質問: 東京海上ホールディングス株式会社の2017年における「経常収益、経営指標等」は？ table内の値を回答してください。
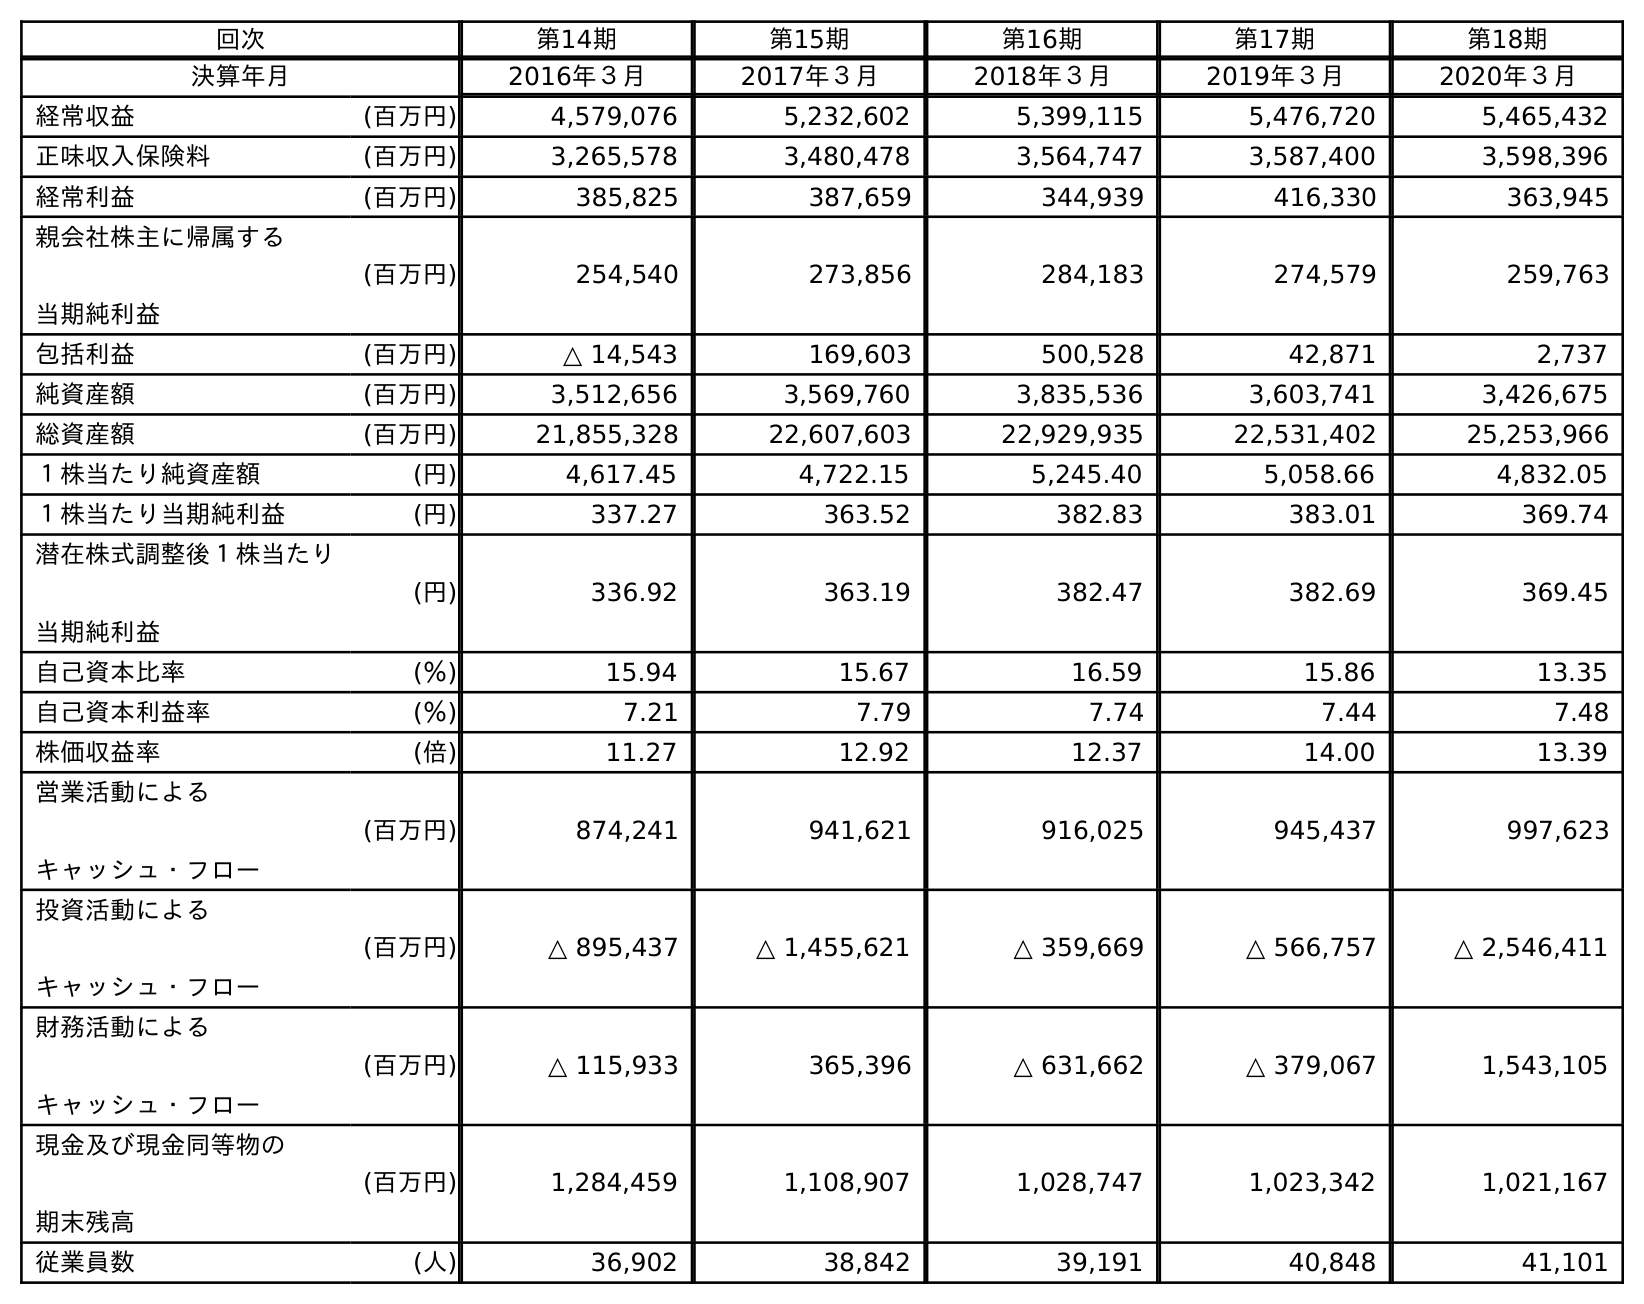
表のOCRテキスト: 回次 第14期 第15期 第16期 第17期 第18期 決算年月 2016年３月 2017年３月 2018年３月 2019年３月 2020年３月 経常収益 (百万円) 4,579,076 5,232,602 5,399,115 5,476,720 5,465,432 正味収入保険料 (百万円) 3,265,578 3,480,478 3,564,747 3,587,400 3,598,396 経常利益 (百万円) 385,825 387,659 344,939 416,330 363,945 親会社株主に帰属する 当期純利益 (百万円) 254,540 273,856 284,183 274,579 259,763 包括利益 (百万円) △ 14,543 169,603 500,528 42,871 2,737 純資産額 (百万円) 3,512,656 3,569,760 3,835,536 3,603,741 3,426,675 総資産額 (百万円) 21,855,328 22,607,603 22,929,935 22,531,402 25,253,966 １株当たり純資産額 (円) 4,617.45 4,722.15 5,245.40 5,058.66 4,832.05 １株当たり当期純利益 (円) 337.27 363.52 382.83 383.01 369.74 潜在株式調整後１株当たり 当期純利益 (円) 336.92 363.19 382.47 382.69 369.45 自己資本比率 (％) 15.94 15.67 16.59 15.86 13.35 自己資本利益率 (％) 7.21 7.79 7.74 7.44 7.48 株価収益率 (倍) 11.27 12.92 12.37 14.00 13.39 営業活動による キャッシュ・フロー (百万円) 874,241 941,621 916,025 945,437 997,623 投資活動による キャッシュ・フロー (百万円) △ 895,437 △ 1,455,621 △ 359,669 △ 566,757 △ 2,546,411 財務活動による キャッシュ・フロー (百万円) △ 115,933 365,396 △ 631,662 △ 379,067 1,543,105 現金及び現金同等物の 期末残高 (百万円) 1,284,459 1,108,907 1,028,747 1,023,342 1,021,167 従業員数 (人) 36,902 38,842 39,191 40,848 41,101
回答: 5,232,602